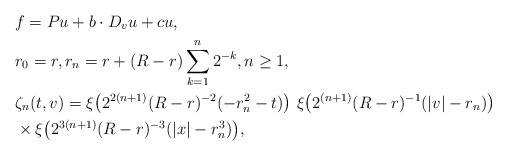
\begin{align*}& f = P u + b \cdot D_v u + c u, \\&r_0 = r, r_n = r + (R - r) \sum_{k = 1}^n 2^{-k}, n \ge 1,\\&\zeta_n (t, v) = \xi \big(2^{2(n+1)} (R - r)^{-2} (- r^2_{n} - t)\big) \, \, \xi \big(2^{(n+1)} (R - r)^{-1} (|v| - r_{n})\big)\\& \times \xi \big(2^{3(n+1)} (R-r)^{-3} (|x| - r^{3}_{n} )\big),\end{align*}